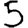
Digit: 5